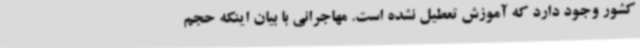
کشور وجود دارد که آموزش تعطیل نشده است. مهاجرانی با بیان اینکه حجم